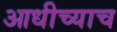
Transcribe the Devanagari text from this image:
आधीच्याच